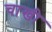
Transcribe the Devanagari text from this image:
चाखी